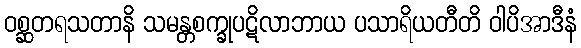
ဝစ္ဆတရသတာနိ သမန္တစက္ခုပဋိလာဘာယ ပသာရိယတီတိ ဝါပိအာဒီနံ